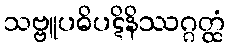
သဗ္ဗူပဓိပဋိနိဿဂ္ဂတ္ထံ